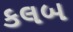
કલબ